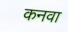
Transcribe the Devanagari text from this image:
कनवा